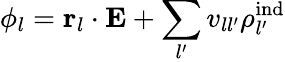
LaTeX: \phi_{l}={\mathbf r}_{l}\cdot{\mathbf E}+\sum_{l^{\prime}}v_{ll^{\prime}}\rho_{l^{\prime}}^{\mathrm{ind}}